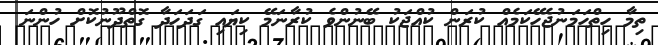
ތިމާ ހިތްހަމަނުޖެހޭކަމެއް ކުރަން ކުއްޖަކު ބޭނުންވެ ކުރާނަމޭ ކިޔައި ގަދަހަދާ ގޮތްދޫނުކޮށް ހުންނަ